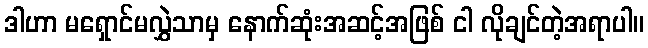
ဒါဟာ မရှောင်မလွှဲသာမှ နောက်ဆုံးအဆင့်အဖြစ် ငါ လိုချင်တဲ့အရာပါ။